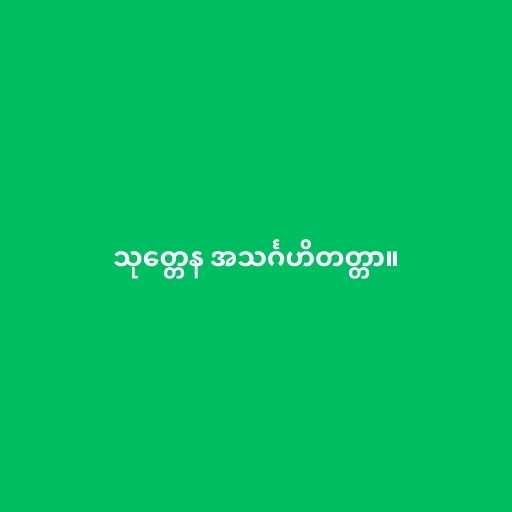
သုတ္တေန အသင်္ဂဟိတတ္တာ။